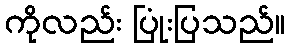
ကိုလည်း ပြုံးပြသည်။